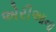
એરીઆના